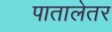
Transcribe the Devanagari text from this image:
पातालेतर